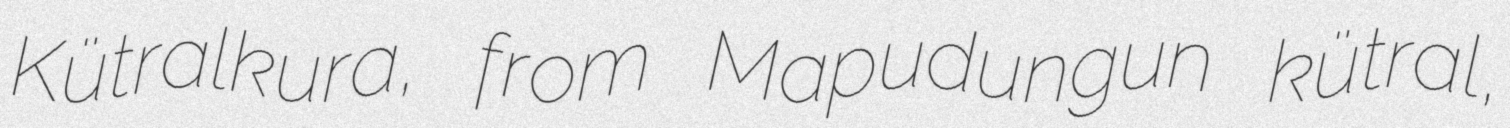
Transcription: Kütralkura, from Mapudungun kütral,